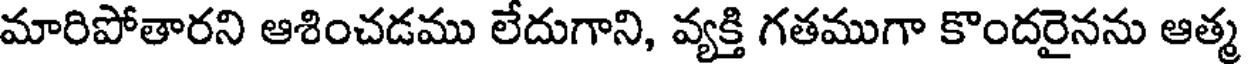
మారిపోతారని ఆశించడము లేదుగాని, వ్యక్తి గతముగా కొందరైనను ఆత్మ